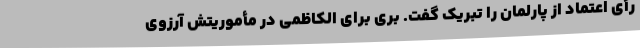
رأی اعتماد از پارلمان را تبریک گفت. بری برای الکاظمی در مأموریتش آرزوی